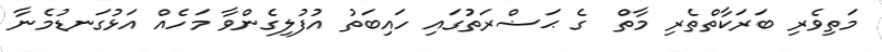
މަތިވެރި ބަރަކާތްތެރި މާތް  ގެ ޙަޟްރަތުގައި ހައިބަތު އުފުލިގެންވާ މަހެއް އަޅުގަނޑުމެނާ